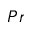
P r